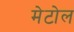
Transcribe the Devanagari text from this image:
मेटोल